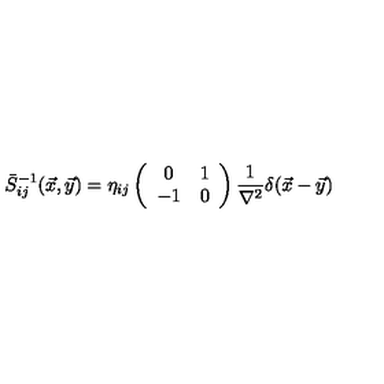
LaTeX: \bar { S } _ { i j } ^ { - 1 } ( \vec { x } , \vec { y } ) = \eta _ { i j } \left( \begin{array} { c c } { 0 } & { 1 } \\ { - 1 } & { 0 } \\ \end{array} \right) \frac { 1 } { \nabla ^ { 2 } } \delta ( \vec { x } - \vec { y } )